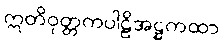
ဣတိဝုတ္တကပါဠိအဋ္ဌကထာ